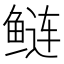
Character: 鲢